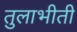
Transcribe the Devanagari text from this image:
तुलाभीती